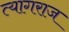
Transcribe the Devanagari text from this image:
त्‍यागराज